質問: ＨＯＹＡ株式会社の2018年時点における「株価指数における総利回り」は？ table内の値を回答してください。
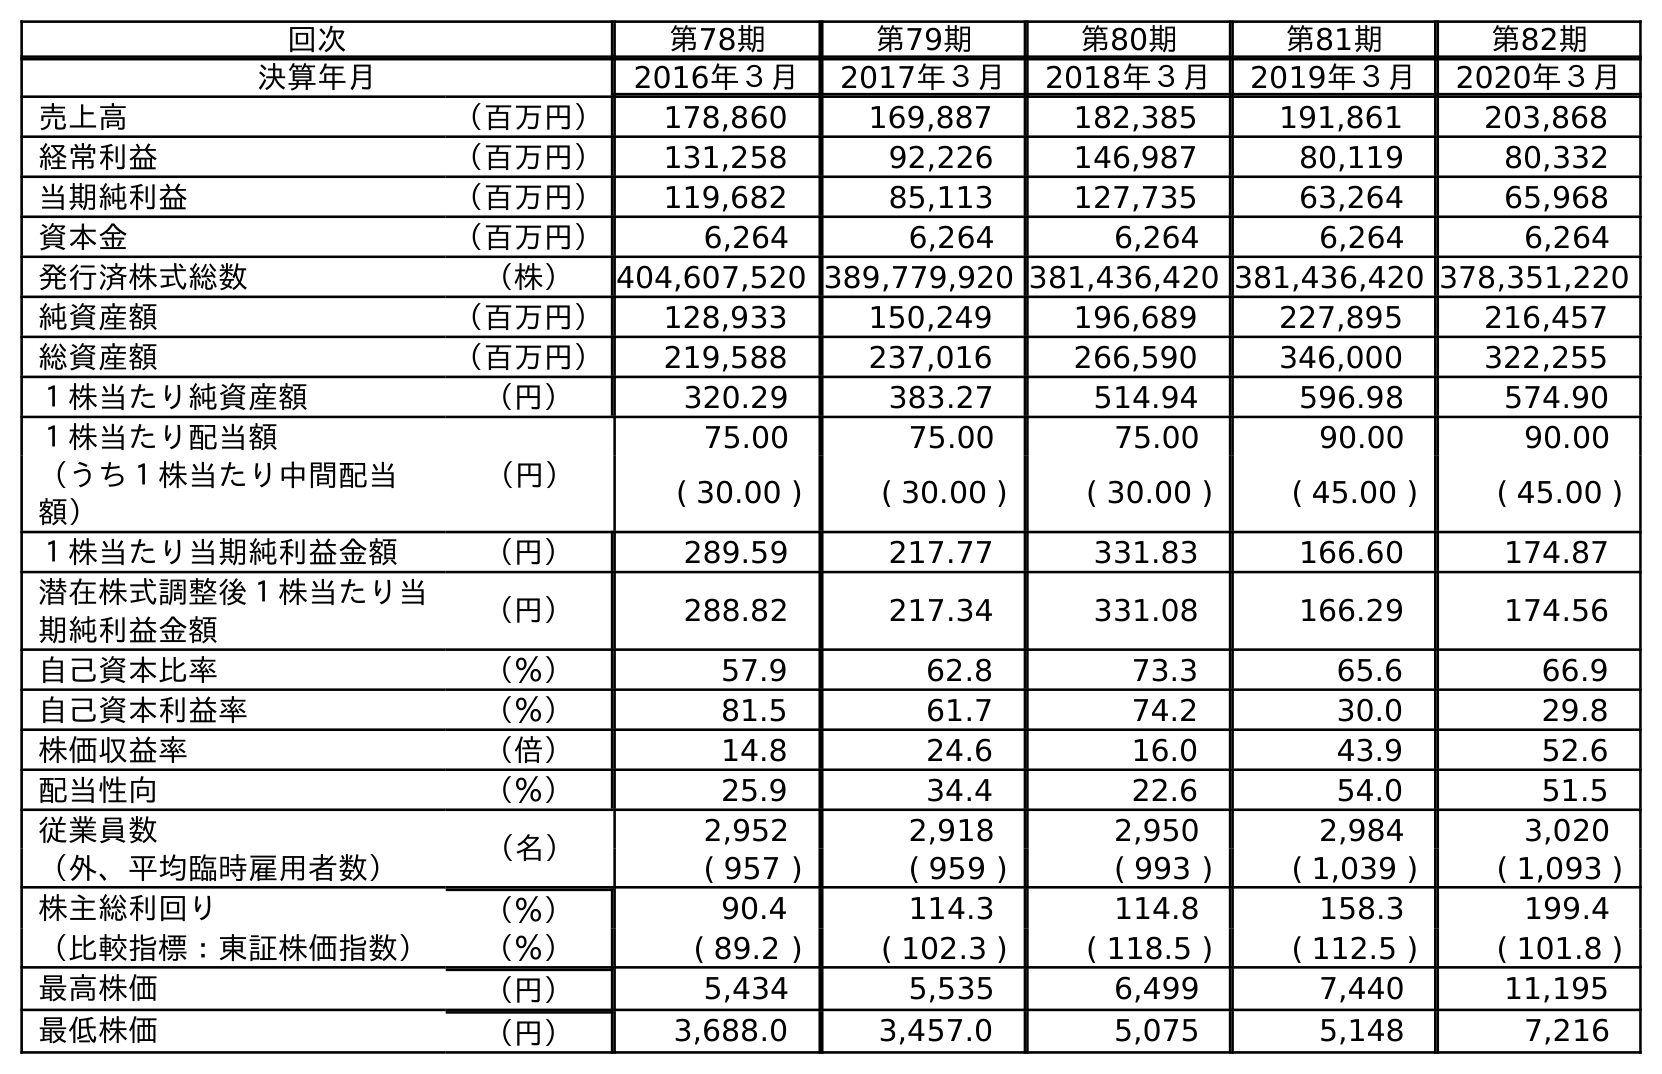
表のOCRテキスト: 回次 第78期 第79期 第80期 第81期 第82期 決算年月 2016年３月 2017年３月 2018年３月 2019年３月 2020年３月 売上高 （百万円） 178,860 169,887 182,385 191,861 203,868 経常利益 （百万円） 131,258 92,226 146,987 80,119 80,332 当期純利益 （百万円） 119,682 85,113 127,735 63,264 65,968 資本金 （百万円） 6,264 6,264 6,264 6,264 6,264 発行済株式総数 （株） 404,607,520 389,779,920 381,436,420 381,436,420 378,351,220 純資産額 （百万円） 128,933 150,249 196,689 227,895 216,457 総資産額 （百万円） 219,588 237,016 266,590 346,000 322,255 １株当たり純資産額 （円） 320.29 383.27 514.94 596.98 574.90 １株当たり配当額 （円） 75.00 75.00 75.00 90.00 90.00 （うち１株当たり中間配当 額） ( 30.00 ) ( 30.00 ) ( 30.00 ) ( 45.00 ) ( 45.00 ) １株当たり当期純利益金額 （円） 289.59 217.77 331.83 166.60 174.87 潜在株式調整後１株当たり当 期純利益金額 （円） 288.82 217.34 331.08 166.29 174.56 自己資本比率 （％） 57.9 62.8 73.3 65.6 66.9 自己資本利益率 （％） 81.5 61.7 74.2 30.0 29.8 株価収益率 （倍） 14.8 24.6 16.0 43.9 52.6 配当性向 （％） 25.9 34.4 22.6 54.0 51.5 従業員数 （名） 2,952 2,918 2,950 2,984 3,020 （外、平均臨時雇用者数） ( 957 ) ( 959 ) ( 993 ) ( 1,039 ) ( 1,093 ) 株主総利回り （％） 90.4 114.3 114.8 158.3 199.4 （比較指標：東証株価指数） （％） ( 89.2 ) ( 102.3 ) ( 118.5 ) ( 112.5 ) ( 101.8 ) 最高株価 （円） 5,434 5,535 6,499 7,440 11,195 最低株価 （円） 3,688.0 3,457.0 5,075 5,148 7,216
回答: (118.5)